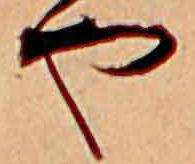
や